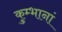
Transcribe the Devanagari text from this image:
कुम्भानां